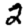
Digit: 2